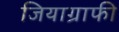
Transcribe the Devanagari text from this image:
जियाग्राफी